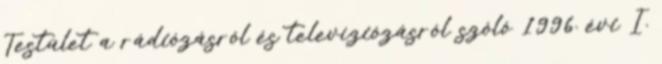
Testület a rádiózásról és televíziózásról szóló 1996. évi I.